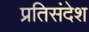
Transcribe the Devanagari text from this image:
प्रतिसंदेश